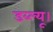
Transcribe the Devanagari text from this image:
डब्ल्यू।